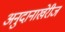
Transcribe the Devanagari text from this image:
अनुदानाखेरीज